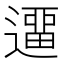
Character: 𨖻